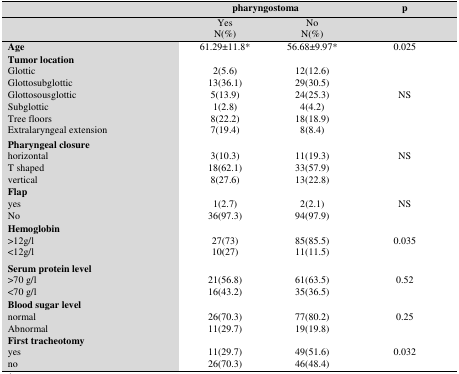
|  | <COLSPAN=2> pharyngostoma | p |
 |  | YesN(%) | NoN(%) |  |
 | --- | --- | --- | --- |
 | Age | 61.29±11.8* | 56.68±9.97* | 0.025 |
 | Tumor location |  |  |  |
 | Glottic | 2(5.6) | 12(12.6) |  |
 | Glottosubglottic | 13(36.1) | 29(30.5) |  |
 | Glottosousglottic | 5(13.9) | 24(25.3) | NS |
 | Subglottic | 1(2.8) | 4(4.2) |  |
 | Tree floors | 8(22.2) | 18(18.9) |  |
 | Extralaryngeal extension | 7(19.4) | 8(8.4) |  |
 | Pharyngeal closure |  |  |  |
 | horizontal | 3(10.3) | 11(19.3) | NS |
 | T shaped | 18(62.1) | 33(57.9) |  |
 | vertical | 8(27.6) | 13(22.8) |  |
 | Flap |  |  |  |
 | yes | 1(2.7) | 2(2.1) | NS |
 | No | 36(97.3) | 94(97.9) |  |
 | Hemoglobin |  |  |  |
 | >12g/l | 27(73) | 85(85.5) | 0.035 |
 | <12g/l | 10(27) | 11(11.5) |  |
 | Serum protein level |  |  |  |
 | >70 g/l | 21(56.8) | 61(63.5) | 0.52 |
 | <70 g/l | 16(43.2) | 35(36.5) |  |
 | Blood sugar level |  |  |  |
 | normal | 26(70.3) | 77(80.2) | 0.25 |
 | Abnormal | 11(29.7) | 19(19.8) |  |
 | First tracheotomy |  |  |  |
 | yes | 11(29.7) | 49(51.6) | 0.032 |
 | no | 26(70.3) | 46(48.4) |  |